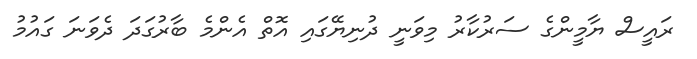
ރައީސް ޔާމީންގެ ސަރުކާރު މިވަނީ ދުނިޔޭގައި އޮތް އެންމެ ބާރުގަދަ ދެވަނަ ގައުމު